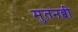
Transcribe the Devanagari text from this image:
मुतनब्बी